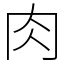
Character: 肉